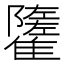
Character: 𩁌